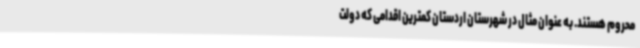
محروم هستند. به عنوان مثال در شهرستان اردستان کمترین اقدامی که دولت